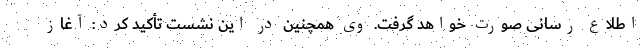
اطلاع رسانی صورت خواهد گرفت. وی همچنین در این نشست تأکید کرد: آغاز